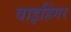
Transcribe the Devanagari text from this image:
वाइहिंगर